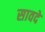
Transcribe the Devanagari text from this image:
सावदे